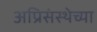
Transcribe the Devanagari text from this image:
अप्रिसंस्थेच्या